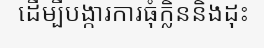
ដើម្បីបង្ការការធុំក្លិននិងដុះ